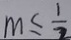
m \leq \frac { 1 } { 2 }